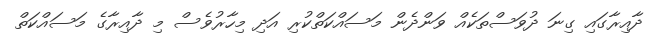
ދާއިރާގައި ގިނަ ދުވަސްތަކެއް ވަންދެން މަސައްކަތްކުރި އަދި މިހާރުވެސް މި ދާއިރާގެ މަސައްކަތް